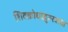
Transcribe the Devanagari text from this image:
शिवक्रोधाद्गुरुस्त्राता